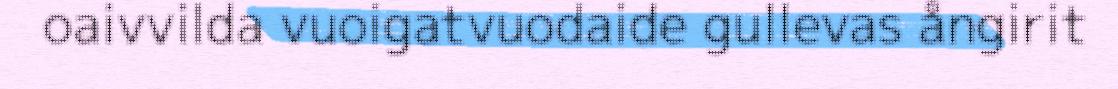
oaivvilda vuoigatvuodaide gullevas ångirit